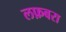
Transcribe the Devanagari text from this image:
लफ़बरा